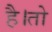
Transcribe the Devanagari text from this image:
है।तो